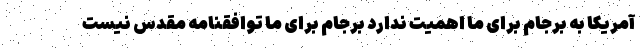
آمریکا به برجام برای ما اهمیت ندارد برجام برای ما توافقنامه مقدس نیست